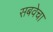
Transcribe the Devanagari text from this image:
सबवेचा